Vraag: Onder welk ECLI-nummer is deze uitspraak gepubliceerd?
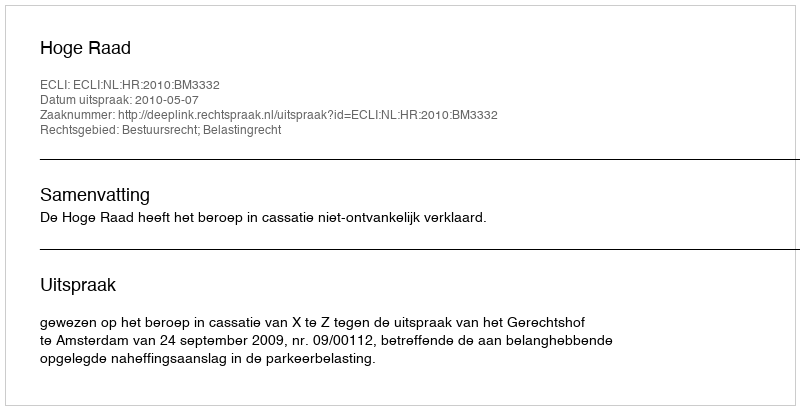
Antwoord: ECLI:NL:HR:2010:BM3332